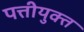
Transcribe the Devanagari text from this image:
पत्तीयुक्त